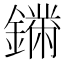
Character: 𨬚